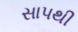
સાપથી